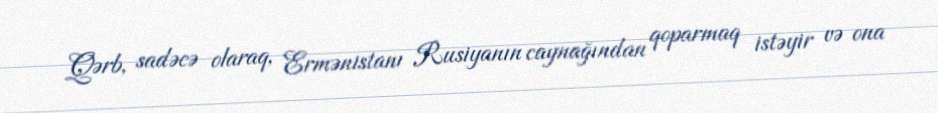
Qərb, sadəcə olaraq, Ermənistanı Rusiyanın caynağından qoparmaq istəyir və ona